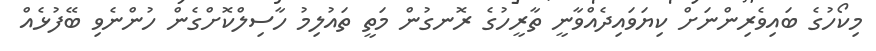
މިކޯހުގެ ބައިވެރިންނަށް ކިޔަވައިދެއްވާނީ ތާރީހުގެ ރޮނގުން މަތީ ތައުލިމު ހާސިލްކޮށްގެން ހުންނެވި ބޭފުޅެއް